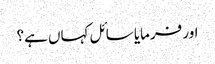
اور فرمایا سائل کہاں ہے؟